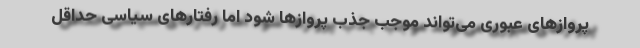
پروازهای عبوری می‌تواند موجب جذب پروازها شود اما رفتارهای سیاسی حداقل